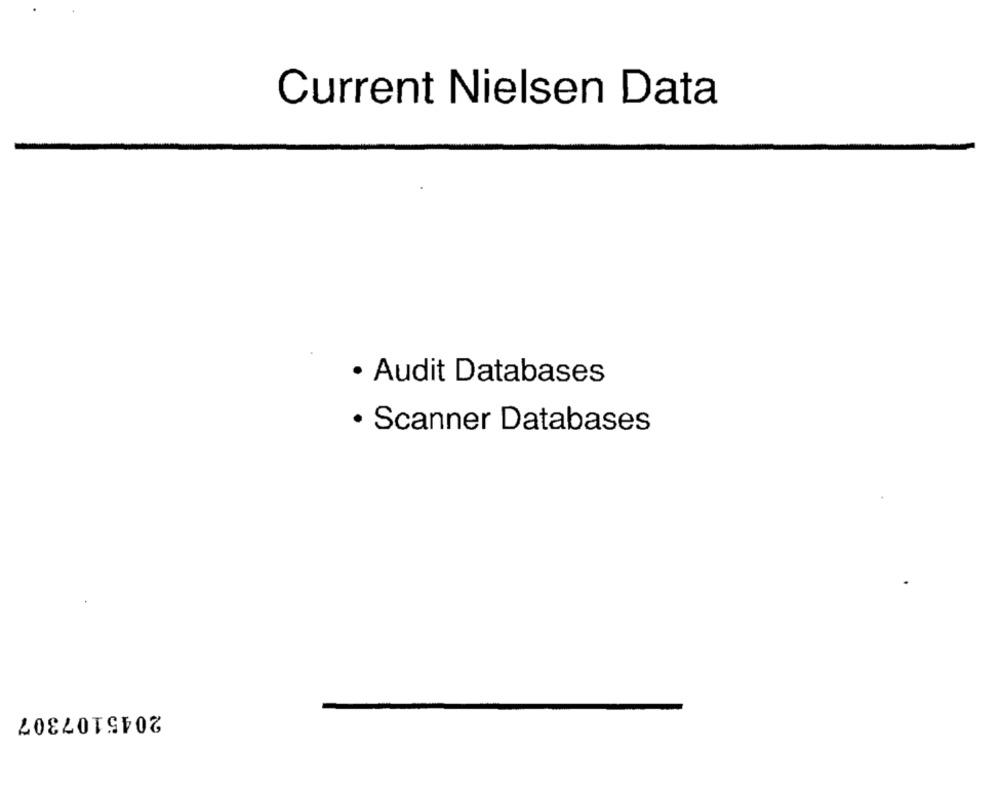
Current Nielsen Data
· Audit Databases
· Scanner Databases
2045107307